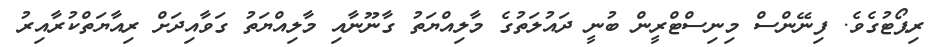
ރިޕޯޓުގެވެ. ފިނޭންސް މިނިސްޓްރީން ބުނީ ދައުލަތުގެ މާލިއްޔަތު ގާނޫނާއި މާލިއްޔަތު ގަވާއިދަށް ރިއާޔަތްކުރާއިރު